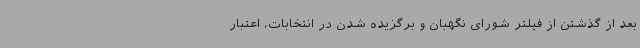
بعد از گذشتن از فیلتر شورای نگهبان و برگزیده شدن در انتخابات، اعتبار